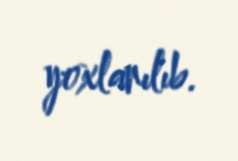
yoxlanılıb.